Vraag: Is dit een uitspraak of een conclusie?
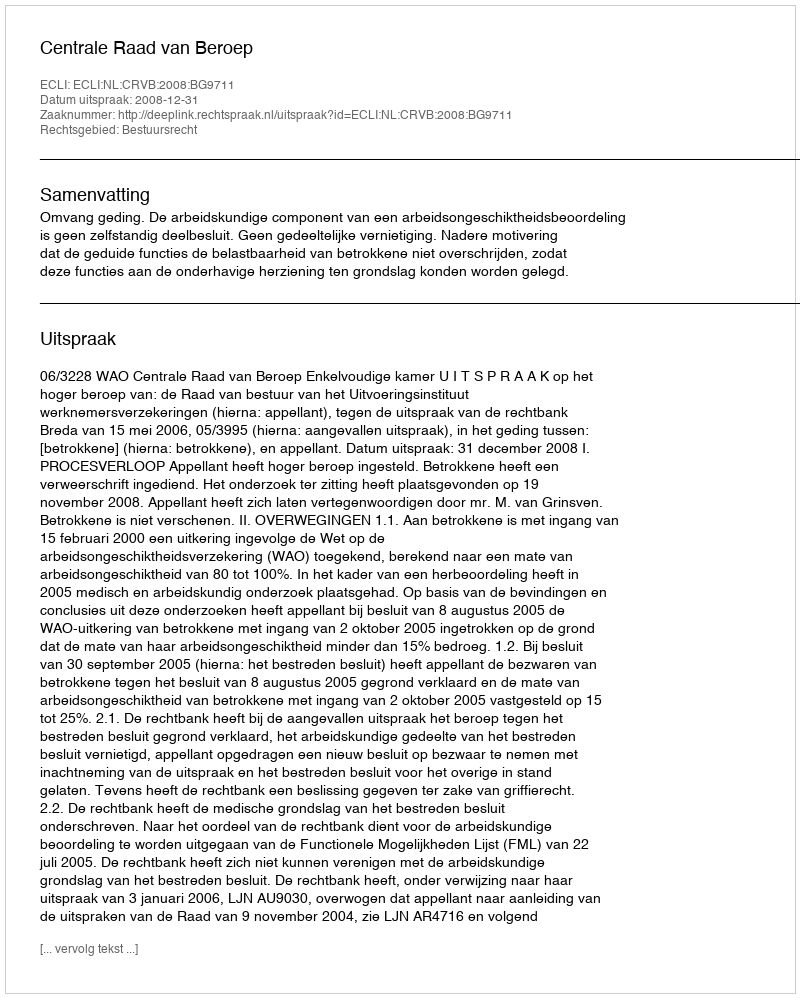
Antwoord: Uitspraak